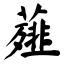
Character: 薤